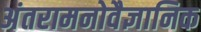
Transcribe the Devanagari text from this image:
अंतरामनोवैज्ञानिक